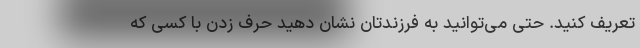
تعریف کنید. حتی می‌توانید به فرزندتان نشان دهید حرف زدن با کسی که